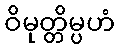
ဝိမုတ္တိမ္ပဟံ